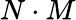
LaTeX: N\cdot M